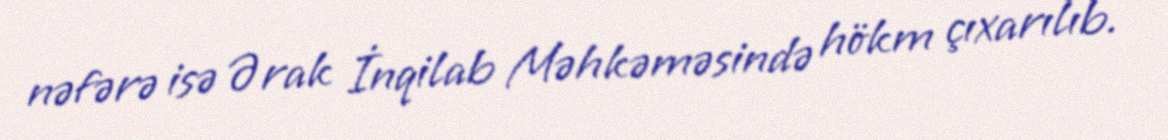
nəfərə isə Ərak İnqilab Məhkəməsində hökm çıxarılıb.